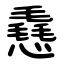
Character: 㦌